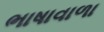
ભાષાવાળા